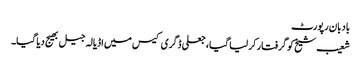
بادبان رپورٹ
شعیب شیخ کو گرفتار کر لیا گیا، جعلی ڈگری کیس میں اڈیالہ جیل بھیج دیا گیا۔